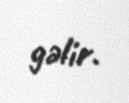
gəlir.